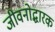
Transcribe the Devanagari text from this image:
जीवनोद्धारक